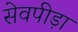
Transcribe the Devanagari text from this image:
सेवपीड़ा